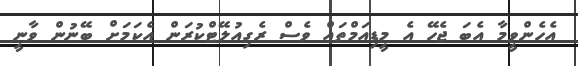
އެހެންވީމާ އެބަ ޖެހޭ އެ މީޑިއަމްތައް ވެސް ރެގިއުލޭޓްކުރަން އެކަމަށް ބޭނުން ވާނީ